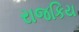
રાજકિય